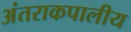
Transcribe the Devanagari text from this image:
अंतराकपालीय